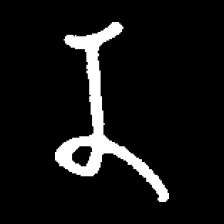
Pyu character \u2014 Myanmar letter: န (romanized: na)